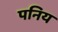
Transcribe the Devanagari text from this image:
पनिय